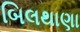
બિલથાણા